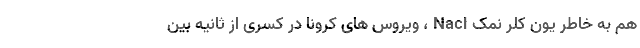
هم به خاطر یون کلر نمک Nacl ، ویروس های کرونا در کسری از ثانیه بین